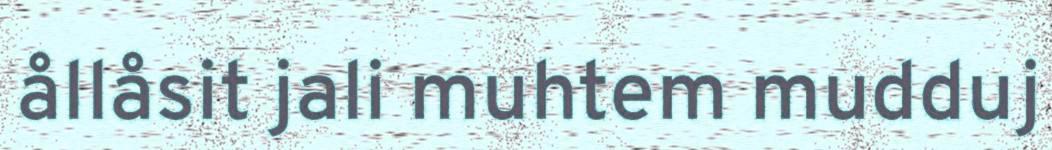
ållåsit jali muhtem mudduj